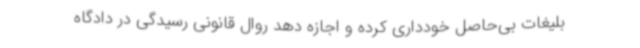
بلیغات بی‌حاصل خودداری کرده و اجازه دهد روال قانونی رسیدگی در دادگاه